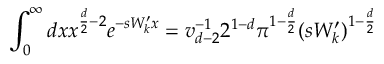
\int _ { 0 } ^ { \infty } d x x ^ { \frac { d } { 2 } - 2 } e ^ { - s W _ { k } ^ { \prime } x } = v _ { d - 2 } ^ { - 1 } 2 ^ { 1 - d } \pi ^ { 1 - \frac { d } { 2 } } ( s W _ { k } ^ { \prime } ) ^ { 1 - \frac { d } { 2 } }